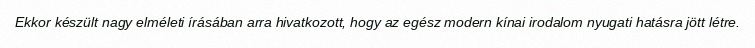
Ekkor készült nagy elméleti írásában arra hivatkozott, hogy az egész modern kínai irodalom nyugati hatásra jött létre.